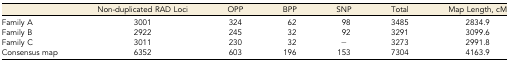
|  | Non-duplicated RAD Loci | OPP | BPP | SNP | Total | Map Length, cM |
 | --- | --- | --- | --- | --- | --- | --- |
 | Family A | 3001 | 324 | 62 | 98 | 3485 | 2834.9 |
 | Family B | 2922 | 245 | 32 | 92 | 3291 | 3099.6 |
 | Family C | 3011 | 230 | 32 | − | 3273 | 2991.8 |
 | Consensus map | 6352 | 603 | 196 | 153 | 7304 | 4163.9 |